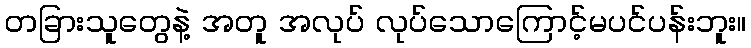
တခြားသူတွေနဲ့ အတူ အလုပ် လုပ်သောကြောင့်မပင်ပန်းဘူး။